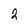
Character: 2